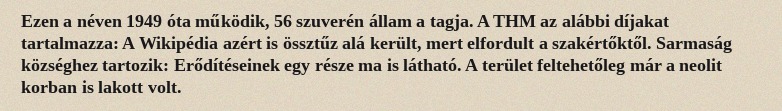
Ezen a néven 1949 óta működik, 56 szuverén állam a tagja. A THM az alábbi díjakat tartalmazza: A Wikipédia azért is össztűz alá került, mert elfordult a szakértőktől. Sarmaság községhez tartozik: Erődítéseinek egy része ma is látható. A terület feltehetőleg már a neolit korban is lakott volt.